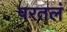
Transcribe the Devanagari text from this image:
परतलं